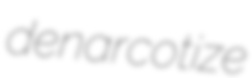
denarcotize